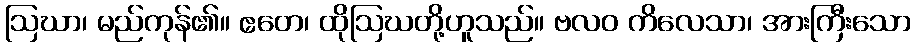
ဩဃာ၊ မည်ကုန်၏။ ဧတေ၊ ထိုဩဃတို့ဟူသည်။ ဗလဝ ကိလေသာ၊ အားကြီးသော